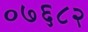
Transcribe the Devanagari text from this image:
०७६८२